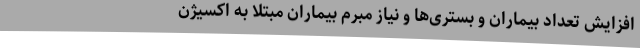
افزایش تعداد بیماران و بستری‌ها و نیاز مبرم بیماران مبتلا به اکسیژن